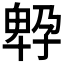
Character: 𡦆